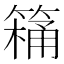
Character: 𮅸